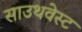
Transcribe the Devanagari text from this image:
साउथवेस्‍ट